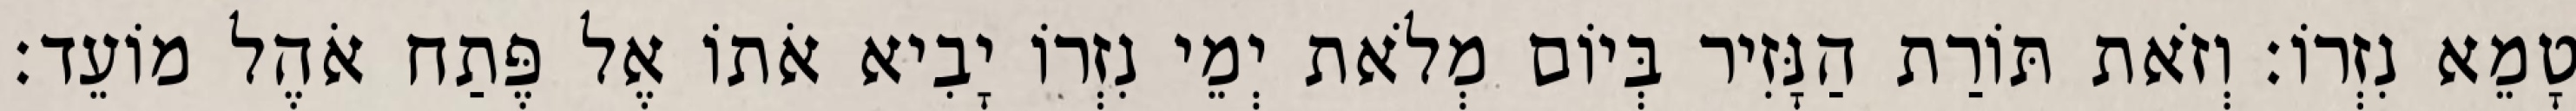
טָמֵא נִזְרוֹ׃ וְזֹאת תּוֹרַת הַנָּזִיר בְּיוֹם מְלֹאת יְמֵי נִזְרוֹ יָבִיא אֹתוֹ אֶל פֶּתַח אֹהֶל מוֹעֵד׃